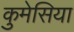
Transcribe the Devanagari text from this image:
कुमेसिया